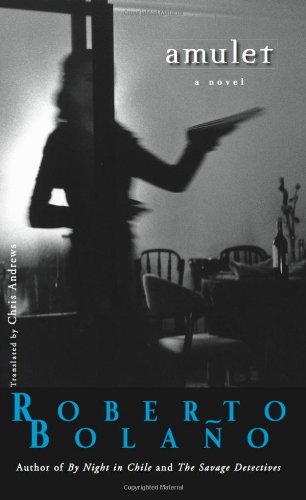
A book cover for Amulet; Roberto BolaÃ±o; Literature & Fiction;